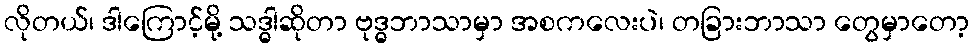
လိုတယ်၊ ဒါကြောင့်မို့ သဒ္ဓါဆိုတာ ဗုဒ္ဓဘာသာမှာ အစကလေးပဲ၊ တခြားဘာသာ တွေမှာတော့